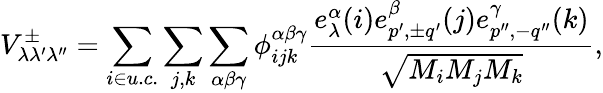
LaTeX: V_{\lambda\lambda^{\prime}\lambda^{\prime\prime}}^{\pm}=\sum_{i\in u.c.}\sum_{j,k}\sum_{\alpha\beta\gamma}\phi_{ijk}^{\alpha\beta\gamma}\frac{e_{\lambda}^{\alpha}(i)e_{p^{\prime},{\pm}q^{\prime}}^{\beta}(j)e_{p^{\prime\prime},-q^{\prime\prime}}^{\gamma}(k)}{\sqrt{M_{i}M_{j}M_{k}}},